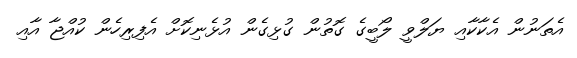
އެތަނުން އެކާކާއި ޔަލްވީ ލޯބީގެ ގޮތުން ގުޅިގެން އުޅެނިކޮށް އެފިރިހެން ކުއްޖާ އާއި